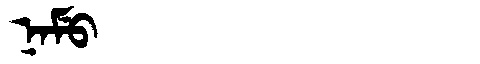
Manchu: ᠨᠠᠮᡠ
Romanization: NAMU